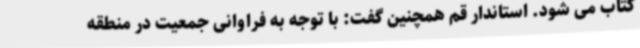
کتاب می شود. استاندار قم همچنین گفت: با توجه به فراوانی جمعیت در منطقه